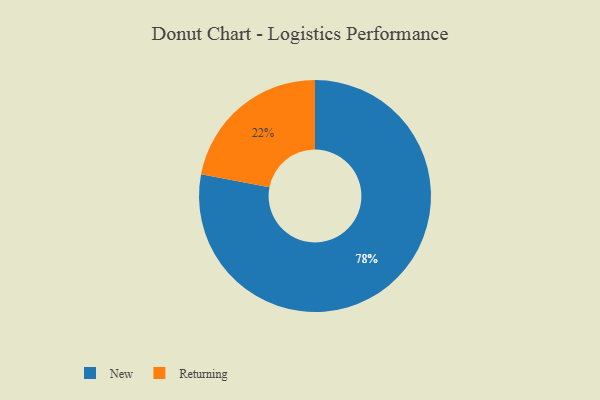
{"axis": {"x": "Category", "y": "Percentage"}, "legend": ["New", "Returning"], "data": [{"x": "New", "y": 78, "type": "New"}, {"x": "Returning", "y": 22, "type": "Returning"}]}